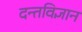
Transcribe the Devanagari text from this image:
दन्तविज्ञान